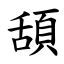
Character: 頢